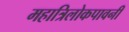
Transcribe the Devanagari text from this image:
महात्रिलोकपावनी